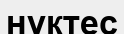
нүктес